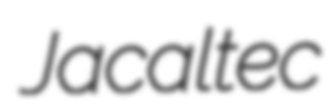
Jacaltec